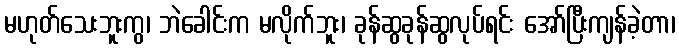
မဟုတ်သေးဘူးကွ၊ ဘဲခေါင်းက မလိုက်ဘူး၊ ခုန်ဆွခုန်ဆွလုပ်ရင်း အော်ပြီးကျန်ခဲ့တာ၊